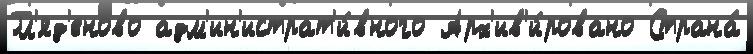
Гл'яд'еново адм'ин'истрат'и́вного Арх'ив'и́ровано Страна́